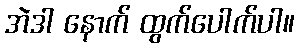
အဲဒါ နောက် ထွက်ပေါက်ပါ။